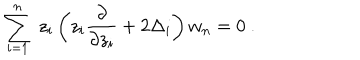
\sum _ { i = 1 } ^ { n } \ z _ { i } \left( z _ { i } { \frac { \partial } { \partial z _ { i } } } + 2 \Delta _ { i } \right) w _ { n } = 0 \ .